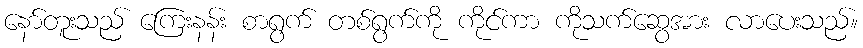
နော်တူးသည် ကြေးနန်း စာရွက် တစ်ရွက်ကို ကိုင်ကာ ကိုသက်ဆွေအား လာပေးသည်။